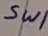
Text: Sw1